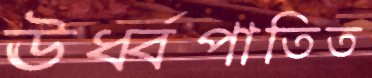
ঊর্ধ্বপাতিত